Language: tamil
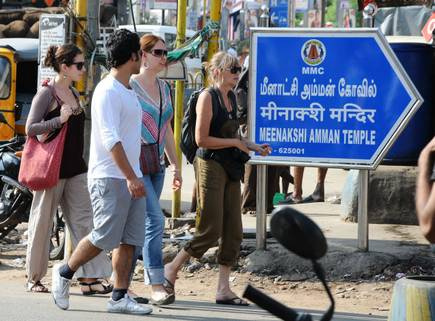
Transcription: மீனாட்சி அம்மன் கோவில்